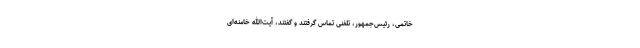
خاتمى، رئیس‌جمهور، تلفنى تماس ‌گرفتند و گفتند، آیت‌الله خامنه‌اى